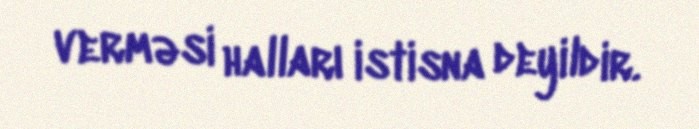
verməsi halları istisna deyildir.